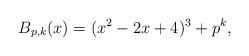
LaTeX: \begin{align*}B_{p,k}(x) = (x^2 - 2x + 4)^{3} + p^{k},\end{align*}